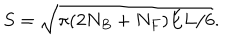
S = \sqrt { \pi ( 2 N _ { B } + N _ { F } ) E L / 6 } .